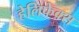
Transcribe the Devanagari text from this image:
हेलिफेक्स